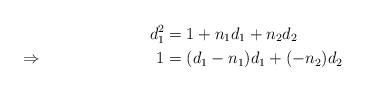
LaTeX: \begin{align*}&&d_1^2&=1+n_1d_1+n_2d_2 \\\Rightarrow&&1&=(d_1-n_1)d_1+(-n_2)d_2\end{align*}